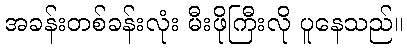
အခန်းတစ်ခန်းလုံး မီးဖိုကြီးလို ပူနေသည်။